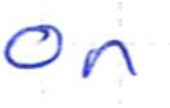
Text: on
Cross-out: clean
Writing tool: ballpoint